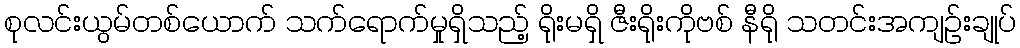
စုလင်းယွမ်တစ်ယောက် သက်ရောက်မှုရှိသည့် ရိုးမရှိ ဇီးရိုးကိုဗစ် နီရို သတင်းအကျဉ်းချုပ်